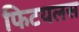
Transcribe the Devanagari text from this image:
फिटयलस